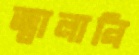
জ্বালানি